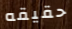
حقيقه